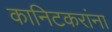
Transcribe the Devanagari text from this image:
कानिटकरांना